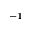
^ { - 1 }